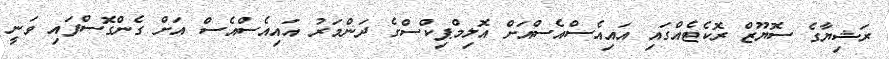
ރަޝިޔާގެ ސޮޔޫޒް ރޮކެޓެއްގައި އައިއެސްއެސްއަށް އޮލިމްޕިކްސްގެ ދަންމަރު އައިއެސްއެސް އަށް ގެންގޮސްފައި ވަނީ